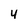
Character: 4